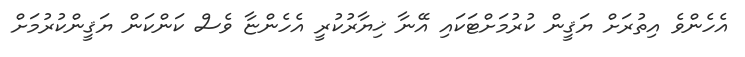
އެހެންވެ އިތުރަށް ޔަޤީން ކުރުމަށްޓަކައި އޭނާ ޚިޔާރުކުރީ އެހެންޏާ ވެސް ކަންކަން ޔަޤީންކުރުމަށް